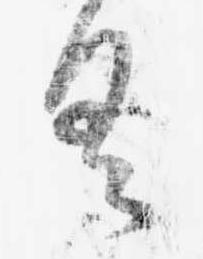
具